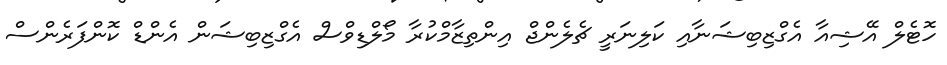
ހޮޓެލް އޭޝިއާ އެގްޒިބިޝަނާއި ކަލިނަރީ ޗެލެންޖް އިންތިޒާމްކުރާ މޯލްޑިވްސް އެގްޒިބިޝަން އެންޑް ކޮންފަރެންސް